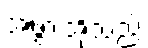
အဖွားအိုသည်